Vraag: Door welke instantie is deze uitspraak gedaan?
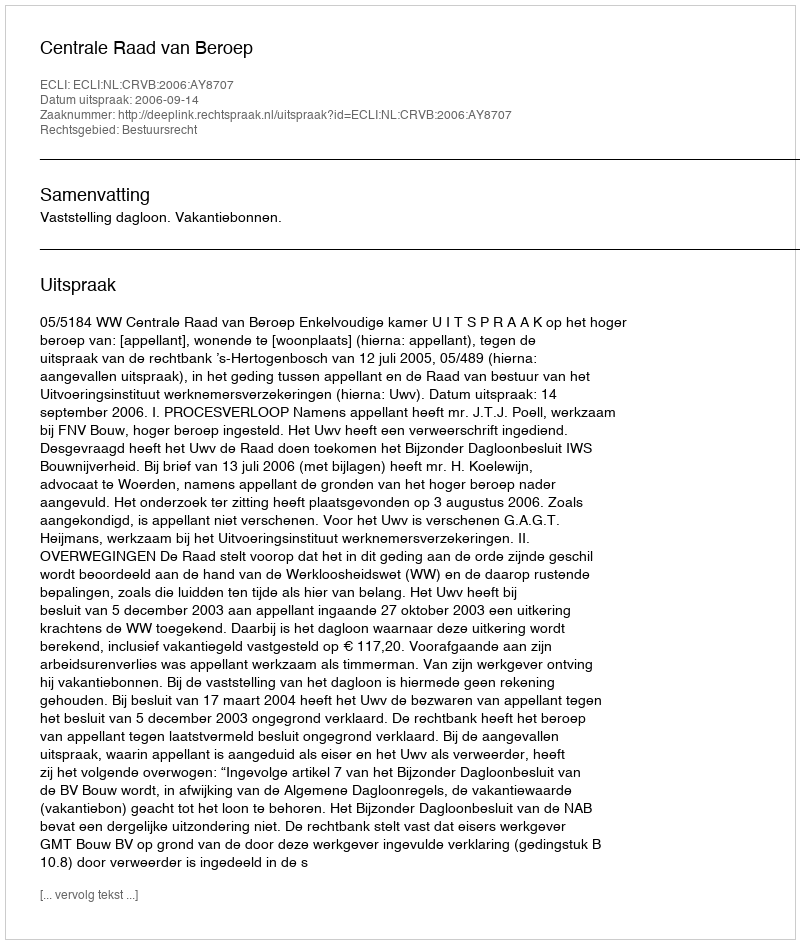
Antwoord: Centrale Raad van Beroep